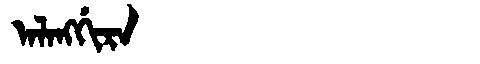
Manchu: ᠠᠯᠠᠩᡤᡳᡵᠠ
Romanization: ALANGGIRA